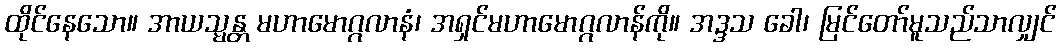
ထိုင်နေသော။ အာယသ္မန္တ မဟာမောဂ္ဂလာနံ၊ အရှင်မဟာမောဂ္ဂလာန်ကို။ အဒ္ဒသ ခေါ၊ မြင်တော်မူသည်သာလျှင်